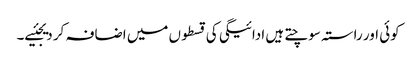
کوئی اور راستہ سوچتے ہیں ادائیگی کی قسطوں میں اضافہ کر دیجئیے۔